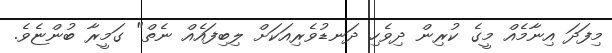
މިފަދަ އިނާމެއް މީގެ ކުރިން ދިވެހި ދަނޑުވެރިއަކަށް ލިބިފައެއް ނެތް" ގަމީރާ ބުންޏެވެ.